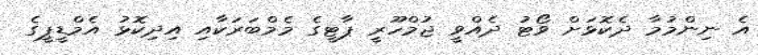
އެ ނިންމުމާ ދެކޮޅަށް ވޯޓު ދެއްވީ ޖުމްހޫރީ ޕާޓީގެ މެމްބަރަކާއި އިދިކޮޅު އެމްޑީޕީގެ